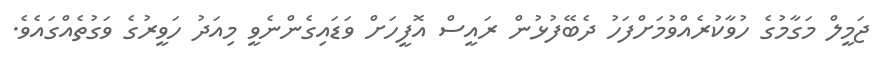
ޖަމީލް މަގާމުގެ ހުވާކުރެއްވުމަށްފަހު ދެބޭފުޅުން ރައީސް އޮފީހަށް ވަޑައިގެންނެވީ މިއަދު ހަވީރުގެ ވަގުތެއްގައެވެ.